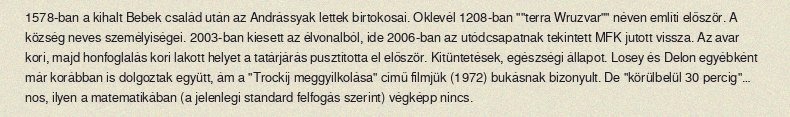
1578-ban a kihalt Bebek család után az Andrássyak lettek birtokosai. Oklevél 1208-ban ""terra Wruzvar"" néven említi először. A község neves személyiségei. 2003-ban kiesett az élvonalból, ide 2006-ban az utódcsapatnak tekintett MFK jutott vissza. Az avar kori, majd honfoglalás kori lakott helyet a tatárjárás pusztította el először. Kitüntetések, egészségi állapot. Losey és Delon egyébként már korábban is dolgoztak együtt, ám a "Trockij meggyilkolása" című filmjük (1972) bukásnak bizonyult. De "körülbelül 30 percig"… nos, ilyen a matematikában (a jelenlegi standard felfogás szerint) végképp nincs.